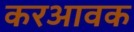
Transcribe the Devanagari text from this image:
करआवक